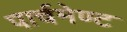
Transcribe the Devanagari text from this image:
पार्चमेण्ट